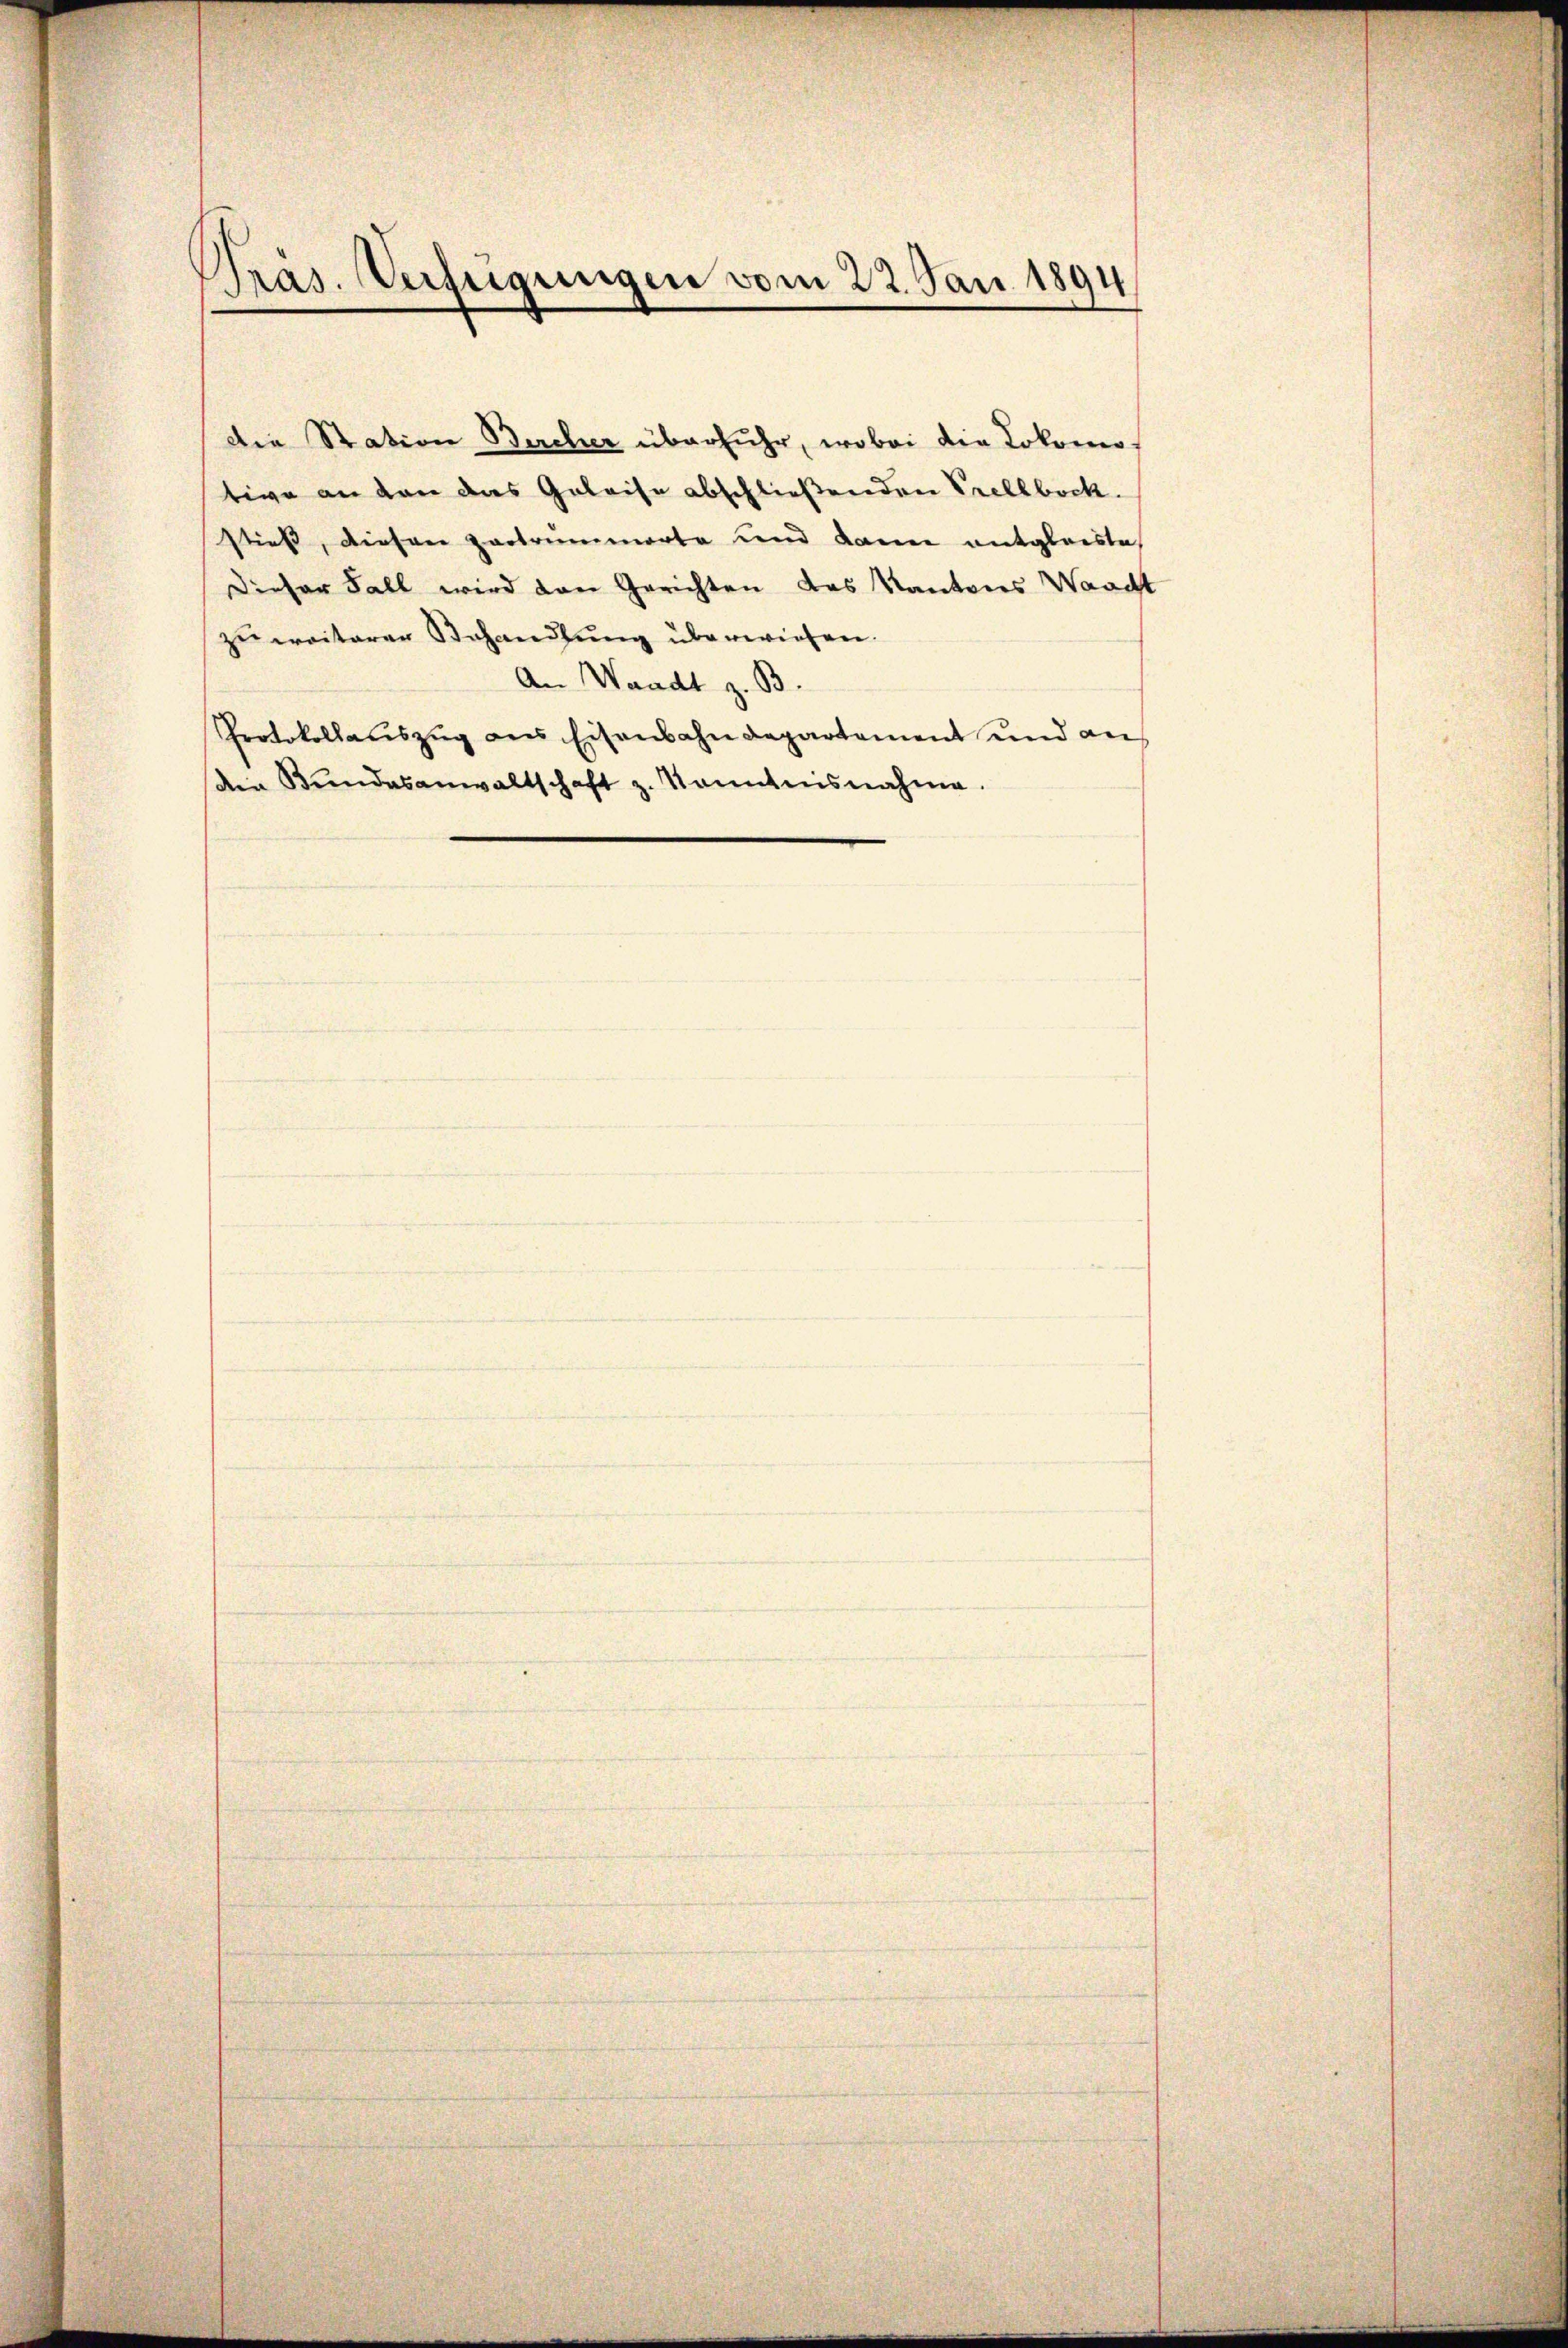
Präs. Verfügungen vom 22. Jan. 1894

Die Station Bercher überfuhr, wobei die Lokomotive an den das Geleise abschließenden Prellbock.
stieß, diesen zertrümmerte und dann entgleiste
Dieser Fall wird den Gerichten das Kantons Waacht
zu weiterer Behandlung überwiesen.
An Waadt z. B.
Protokollaŭszŭg des Eisenbahndepartement und an
die Bŭndesanwaltschaft z. Kanntnisnahme.